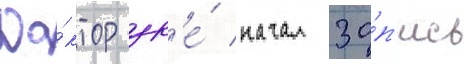
До́ктор др'е́ начал за́п'ись